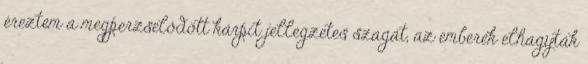
éreztem a megperzselődött kárpit jellegzetes szagát, az emberek elhagyták